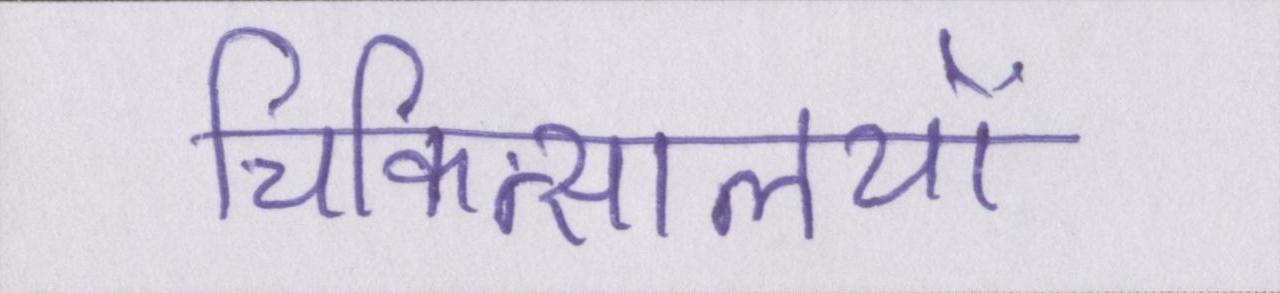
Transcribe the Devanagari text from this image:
चिकित्सालयों